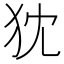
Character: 𤜴